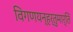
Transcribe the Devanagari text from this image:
विगणयन्हर्तुमार्तिं